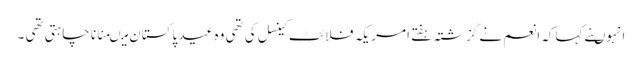
انہوںنے کہاکہ انعم نے گزشتہ ہفتے امریکہ فلائٹ کینسل کی تھی وہ عید پاکستان میںمنانا چاہتی تھی ۔